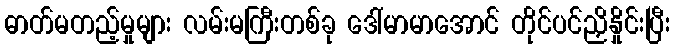
ဓာတ်မတည့်မှုများ လမ်းမကြီးတစ်ခု ဒေါ်မာမာအောင် တိုင်ပင်ညှိနှိုင်းပြီး